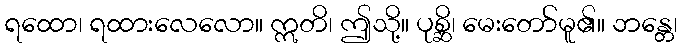
ရထော၊ ရထားလေလော။ ဣတိ၊ ဤသို့။ ပုစ္ဆိ၊ မေးတော်မူ၏။ ဘန္တေ၊